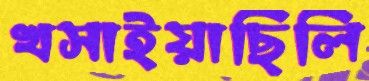
খসাইয়াছিলি